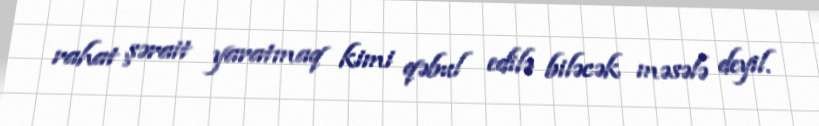
rahat şərait yaratmaq kimi qəbul edilə biləcək məsələ deyil.